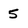
Character: 5